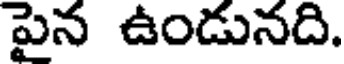
పైన ఉండునది.